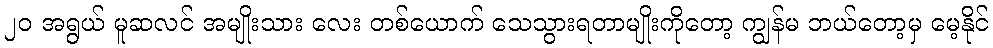
၂၀ အရွယ် မူဆလင် အမျိုးသား လေး တစ်ယောက် သေသွားရတာမျိုးကိုတော့ ကျွန်မ ဘယ်တော့မှ မေ့နိုင်